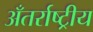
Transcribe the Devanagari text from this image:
अँतर्राष्ट्रीय